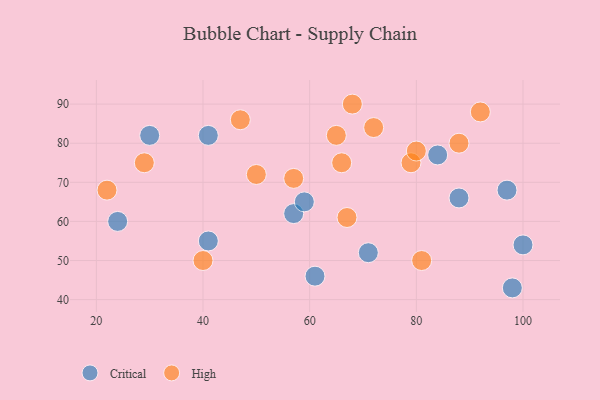
{"axis": {"x": "GDP", "y": "Life Expectancy"}, "legend": ["Critical", "High"], "data": [{"x": "98", "y": 43, "type": "Critical"}, {"x": "61", "y": 46, "type": "Critical"}, {"x": "88", "y": 66, "type": "Critical"}, {"x": "57", "y": 62, "type": "Critical"}, {"x": "100", "y": 54, "type": "Critical"}, {"x": "59", "y": 65, "type": "Critical"}, {"x": "97", "y": 68, "type": "Critical"}, {"x": "30", "y": 82, "type": "Critical"}, {"x": "24", "y": 60, "type": "Critical"}, {"x": "71", "y": 52, "type": "Critical"}, {"x": "41", "y": 82, "type": "Critical"}, {"x": "84", "y": 77, "type": "Critical"}, {"x": "41", "y": 55, "type": "Critical"}, {"x": "40", "y": 50, "type": "High"}, {"x": "67", "y": 61, "type": "High"}, {"x": "65", "y": 82, "type": "High"}, {"x": "29", "y": 75, "type": "High"}, {"x": "81", "y": 50, "type": "High"}, {"x": "92", "y": 88, "type": "High"}, {"x": "88", "y": 80, "type": "High"}, {"x": "50", "y": 72, "type": "High"}, {"x": "79", "y": 75, "type": "High"}, {"x": "57", "y": 71, "type": "High"}, {"x": "80", "y": 78, "type": "High"}, {"x": "72", "y": 84, "type": "High"}, {"x": "66", "y": 75, "type": "High"}, {"x": "68", "y": 90, "type": "High"}, {"x": "22", "y": 68, "type": "High"}, {"x": "47", "y": 86, "type": "High"}]}